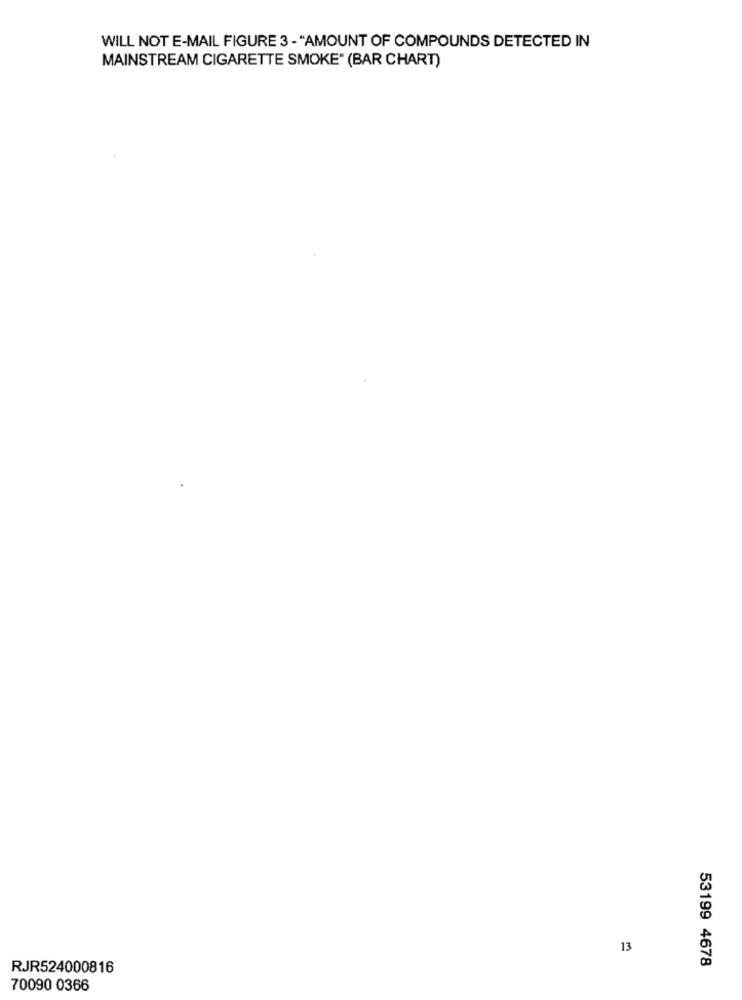
WILL NOT E-MAIL FIGURE 3 - * AMOUNT OF COMPOUNDS DETECTED IN
MAINSTREAM CIGARETTE SMOKE" (BAR CHART)
13
RJR524000816
53199 4678
70090 0366